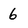
Character: 6